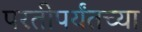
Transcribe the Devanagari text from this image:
परतीपर्यंतच्या